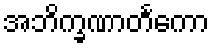
အဘိက္ခဏာတင်္ကော